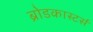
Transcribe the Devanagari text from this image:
ब्रोडकास्टर्स